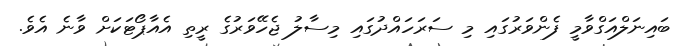
ބައިނަލްއަގްވާމީ ފެންވަރުގައި މި ސަރަހައްދުގައި މިސާލު ޖެހޭވަރުގެ ރީތި އެއާޕޯޓަކަށް ވާނެ އެވެ.